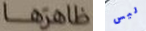
ظاهرها ليس